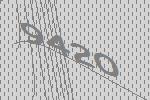
9420